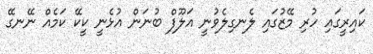
ކައިރީގައި ހުރި މޭޒުގައި ލެނގިލެވުނީ އަލޫފް ބުނަން އުޅެނީ ކީކޭ ކަމެއް ނޭނގޭ